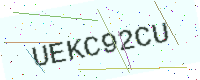
Text: UEKC92CU